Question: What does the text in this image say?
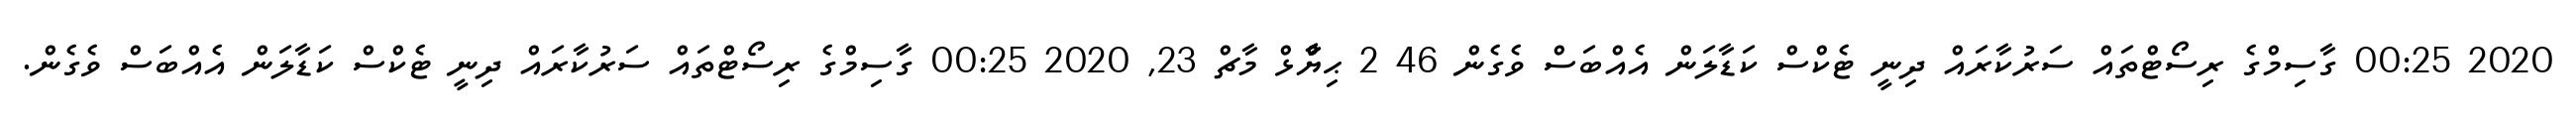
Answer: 2020 00:25 ގާސިމްގެ ރިސޯޓްތައް ސަރުކާރައް ދިނީ ޓެކްސް ކަޑާލަން އެއްބަސް ވެގެން 46 2 ޙިޔާާްްޅް މާޗް 23, 2020 00:25 ގާސިމްގެ ރިސޯޓްތައް ސަރުކާރައް ދިނީ ޓެކްސް ކަޑާލަން އެއްބަސް ވެގެން.